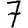
Digit: 7